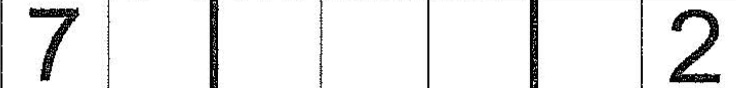
7 2